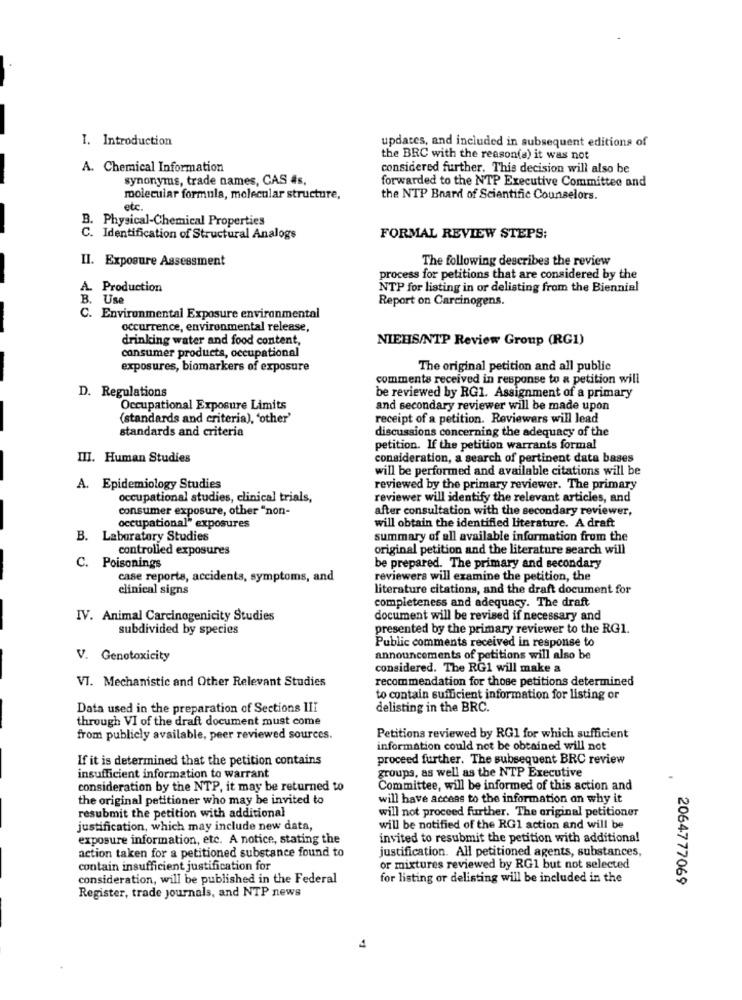
I. Introduction
updates, and included in subsequent editions of
the BRC with the reason(a) it was not
A. Chemical Information
considered further. This decision will also be
synonyms, trade names, CAS #s.
forwarded to the NTP Executive Committee and
molecular formula, molecular structure,
the NTP Board of Scientific Counselors.
etc.
B. Physical-Chemical Properties
C. Identification of Structural Analogs
FORMAL REVIEW STEPS:
II. Exposure Assessment
The following describes the review
process for petitions that are considered by the
A. Production
NTP for listing in or delisting from the Biennial
B. Use
Report on Carcinogens.
C. Environmental Exposure environmental
occurrence, environmental release,
drinking water and food content,
NIELS/NTP Review Group (RG1)
consumer products, occupational
exposures, biomarkers of exposure
The original petition and all public
comments received in response to a petition will
D. Regulations
be reviewed by RG1. Assignment of a primary
Occupational Exposure Limits
and secondary reviewer will be made upon
(standards and criteria), 'other'
receipt of a petition. Reviewers will lead
standards and criteria
discussions concerning the adequacy of the
petition. If the petition warrants formal
III. Human Studies
consideration, a search of pertinent data bases
will be performed and available citations will be
A. Epidemiology Studies
reviewed by the primary reviewer. The primary
occupational studies, clinical trials,
reviewer will identify the relevant articles, and
consumer exposure, other "non-
after consultation with the secondary reviewer,
occupational" exposures
will obtain the identified literature. A draft
B. Laboratory Studies
summary of all available information from the
controlled exposures
original petition and the literature search will
C. Poisonings
be prepared. The primary and secondary
case reports, accidents, symptoms, and
reviewers will examine the petition, the
clinical signs
literature citations, and the draft document for
completeness and adequacy. The draft
IV. Animal Carcinogenicity Studies
document will be revised if necessary and
subdivided by species
presented by the primary reviewer to the RG1.
Public comments received in response to
V. Genotoxicity
announcements of petitions will also be
considered. The RG1 will make a
VI. Mechanistic and Other Relevant Studies
recommendation for those petitions determined
to contain sufficient information for listing or
Data used in the preparation of Sections III
delisting in the BRC.
through VI of the draft document must come
from publicly available, peer reviewed sources.
Petitions reviewed by RG1 for which sufficient
information could not be obtained will not
If it is determined that the petition contains
proceed further. The subsequent BRC review
groups, as well as the NTP Executive
insufficient information to warrant
consideration by the NTP, it may be returned to
Committee, will be informed of this action and
the original petitioner who may be invited to
will have access to the information on why it
will not proceed further. The original petitioner
resubmit the petition with additional
justification, which may include new data,
will be notified of the RG1 action and will be
exposure information, etc. A notice, stating the
invited to resubmit the petition with additional
action taken for a petitioned substance found to
justification. All petitioned agents, substances,
contain insufficient justification for
or mixtures reviewed by RG1 but not selected
consideration, will be published in the Federal
for listing or delisting will be included in the
2064777069
Register, trade journals, and NTP news
4